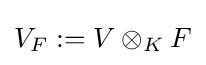
V_{F}:=V\otimes _{K}F